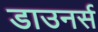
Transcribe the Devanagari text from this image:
डाउनर्स